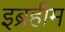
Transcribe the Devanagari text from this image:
इब्रहीम